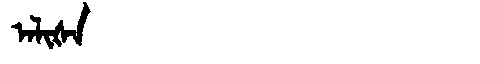
Manchu: ᠠᠯᡳᡧᠠ
Romanization: ALIŠA